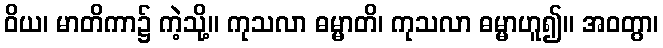
ဝိယ၊ မာတိကာ၌ ကဲ့သို့။ ကုသလာ ဓမ္မာတိ၊ ကုသလာ ဓမ္မာဟူ၍။ အဝတွာ၊